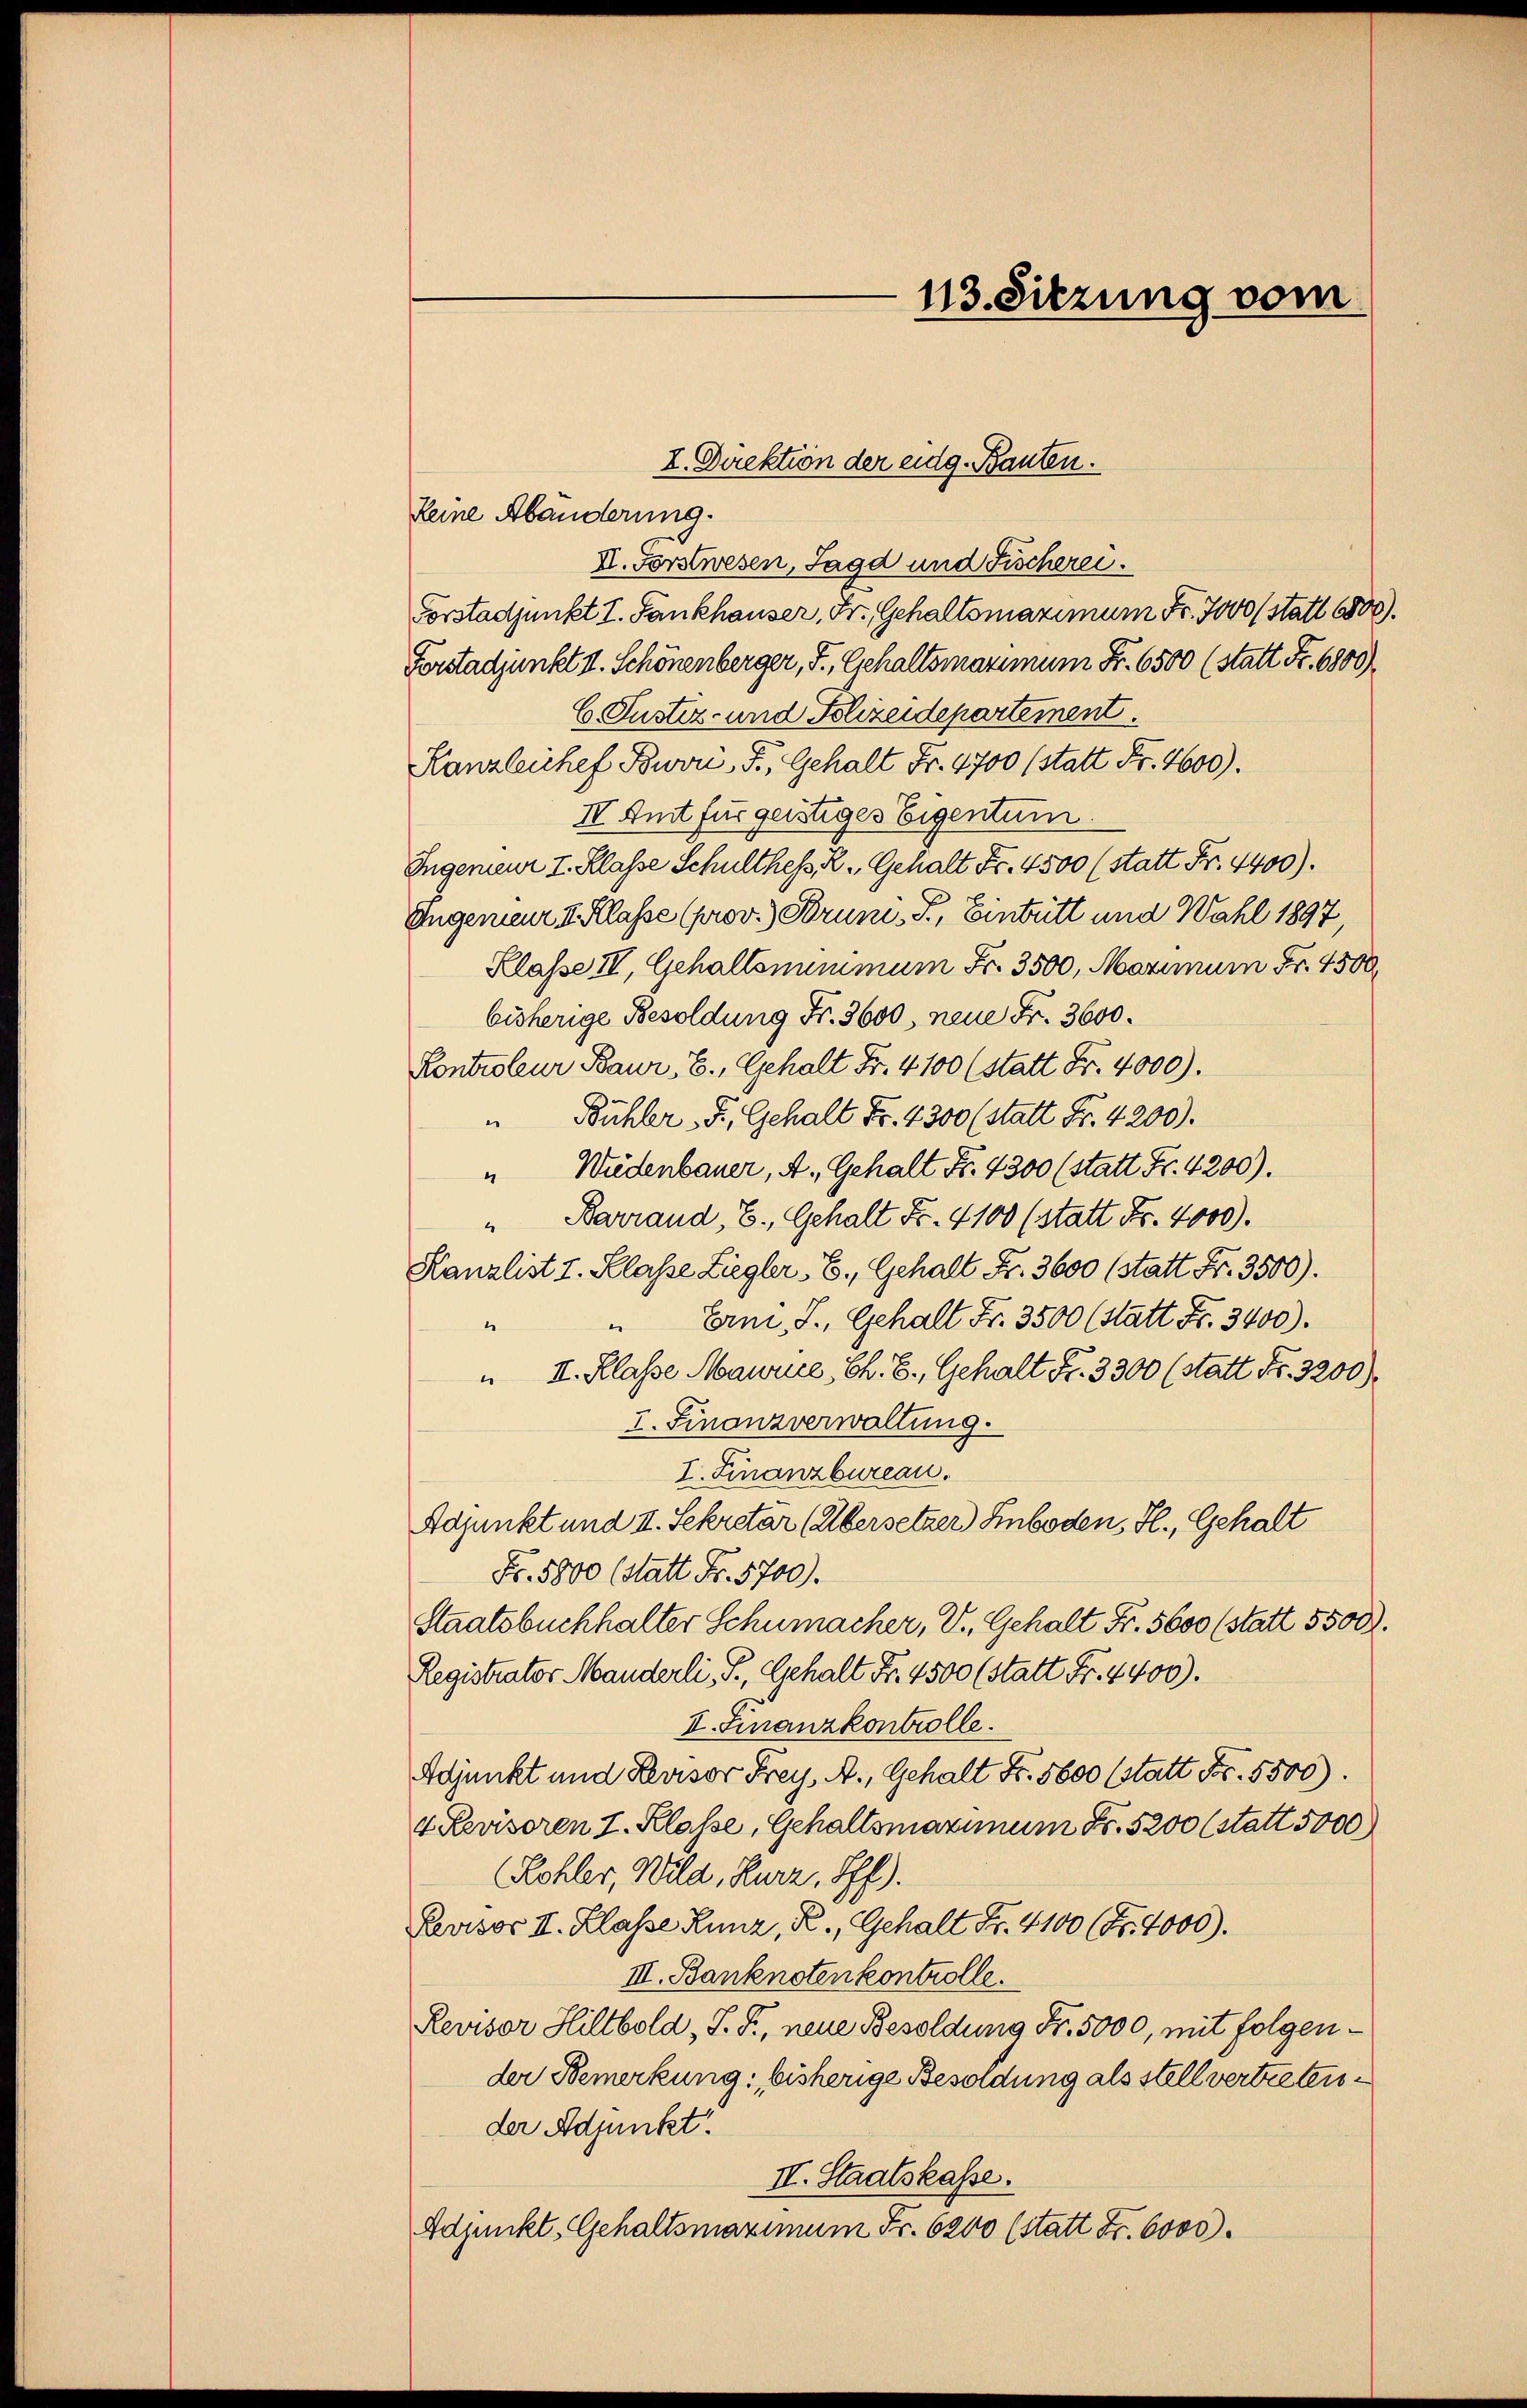
Reine Abänderung.
II. Forstwesen, Jagd und Fischerei
Vorstadjunkt I. Fankhauser, Fr. Gehaltsmaximum Fr. 7000 (statt 6800).
Forstadjunkt II. Schönenberger, F., Gehaltsmaximum Fr. 6500 (statt Fr. 6800).
E. Justiz- und Schreidepartement.
Kanzleichef Bwvri, F. Gehalt Fr. 4700 (statt Fr. 4600).
IV. Amt für geistiges Eigentum.
Ingenieur I. Klasse Schulthess, R. Gehalt Fr. 4500 (statt Fr. 4400).
Ingenieur I. Klasse (prov.) Bruni, T, Eintritt und Wahl 1897
Klasse IV, Gehaltsnunimum Fr. 3500, Maximum Fr. 4500
bisherige Besoldung Fr. 3600, neue Fr. 3600.
Kontroleur Baur, E., Gehalt Fr. 4100 (statt Fr. 4000).
" Bühler F. Gehalt Fr. 4300 (statt Fr. 4200).
" Wüdenbauer, A. Gehalt Fr. 4300 (statt Fr. 4200).
Barrand, E., Gehalt Fr. 4100 (statt Fr. 4000).
4
Kanzlist I. Klasse Liegler, E. Gehalt Fr. 3600 (statt Fr. 3500).
Erm, J., Gehalt Fr. 3500 (statt Fr. 3400).
1
" II. Klasse Maurice, Ch. E., Gehalt Fr. 3300 (statt Fr. 3200)
I. Finanzverwaltung.
I. Finanzbureau.
Adjunkt und II. Sekretär (Übersetzer Hinboden, H., Gehalt
Fr. 5800 (Statt Fr. 5700).
Staatsbuchhalter Schumacher, V. Gehalt Fr. 5600 (statt 5500.
Registrator Manderli, P., Gehalt Fr. 4500 (statt Fr. 4400).
I. Finanzkontrolle.
Adjunkt und Revisor Frey, A., Gehalt Fr. 5600 (statt Fr. 5500).
4 Revisoren I. Klasse, Gehaltsmaximum Fr. 5200 (statt 5000)
(Kohler, Wild, Kurz, Iff).
Revisor II. Klasse Runz, R., Gehalt Fr. 4100 (Nr. 4000).
III. Banknoten kontrolle.
Revisor Hiltbold, S. S., neue Besoldung Fr. 5000, mit folgender Bemerkung: bisherige Besoldung als stellvertretender Adjunkt
II. Staatskasse.
Adjunkt, Gehaltsmaximum Fr. 6200 (statt Fr. 6000.

I. Direktion der eidg. Bauten.

113. Sitzung vom